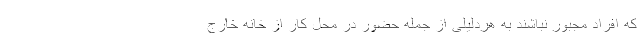
که افراد مجبور نباشند به هردلیلی از جمله حضور در محل کار از خانه خارج